Annual report of the Punjab Veterinary College and of the Civil Veterinary Department, Punjab - 1894-1908
Year: 1894
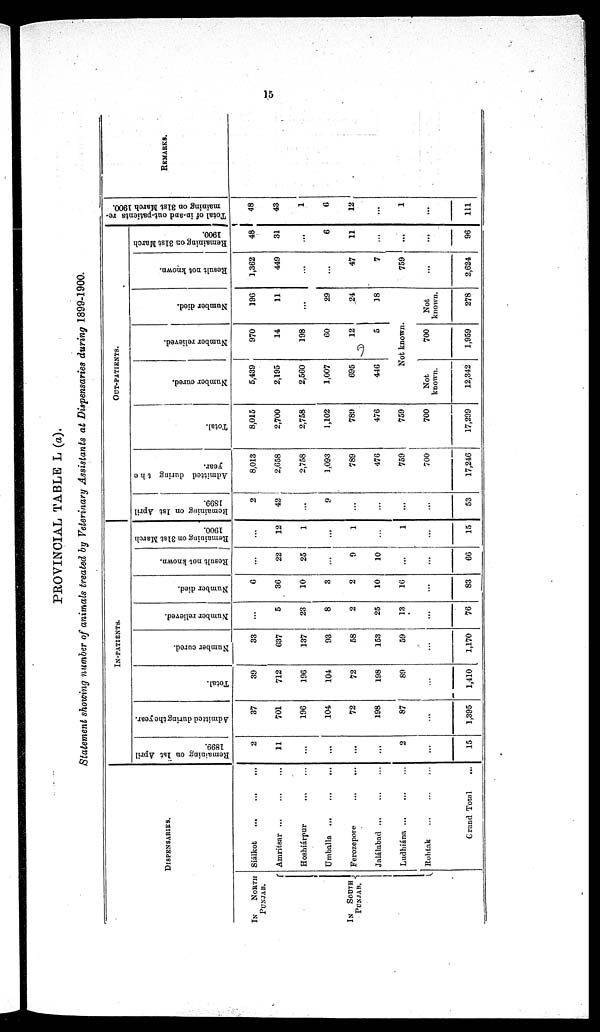
15
PROVINCIAL TABLE L (a).
Statement showing number of animals treated by Veterinary Assistants at Dispensaries during 1899-1900.
DISPENSARIES.
IN
NORTH
PUNJAB.
IN
SOUTH
PUNJAB.
Siálkot ... ... ... ...
Amritsar
...
...
...
Hoshiárpur
...
...
Umballa ... ... ...
Ferozepore ... ...
Jalálabad ... ... ... ...
Ludhiána ... ... ...
Rohtak
...
...
...
Grand
Total
...
IN-PATIENTS.
Remaining on 1st April
1899.
2
11
...
...
...
...
2
...
15
Admitted during the year.
37
701
196
104
72
198
87
...
1,395
Total.
39
712
196
104
72
198
89
...
1,410
Number cured.
33
637
137
93
58
153
59
...
1,170
Number relieved.
...
5
23
8
2
25
13
...
76
Number died.
6
36
10
3
2
10
16
...
83
Result not known.
22
25
...
9
10
...
...
66
Remaining on 3lst March
1900.
...
12
1
...
1
...
1
...
15
OUT-PATIENTS.
Remaining on 1st April
1899.
2
42
...
9
...
...
...
...
53
Admitted during the
year.
8,013
2,658
2,758
1,093
789
476
759
700
17,246
Total.
8,015
2,700
2,758
1,102
789
476
759
700
17,299
Number cured.
5,439
2,195
2,560
1,007
695
446
Number relieved.
970
14
198
60
12
5
Number died.
196
11
...
29
24
18
Not known.
Not
known.
12,342
700
1,959
Not
known.
278
Result not known.
1,362
449
...
...
47
7
759
...
2,624
Remaining on 31st March
1900.
48
31
...
6
11
...
...
...
96
Total of in-and
out-patients re-
maining on 31st March 1900.
48
43
1
6
12
...
1
...
111
REMARKS.